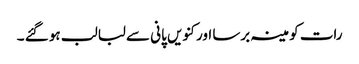
رات کو مینہ برسا اور کنویں پانی سے لبالب ہو گئے ۔